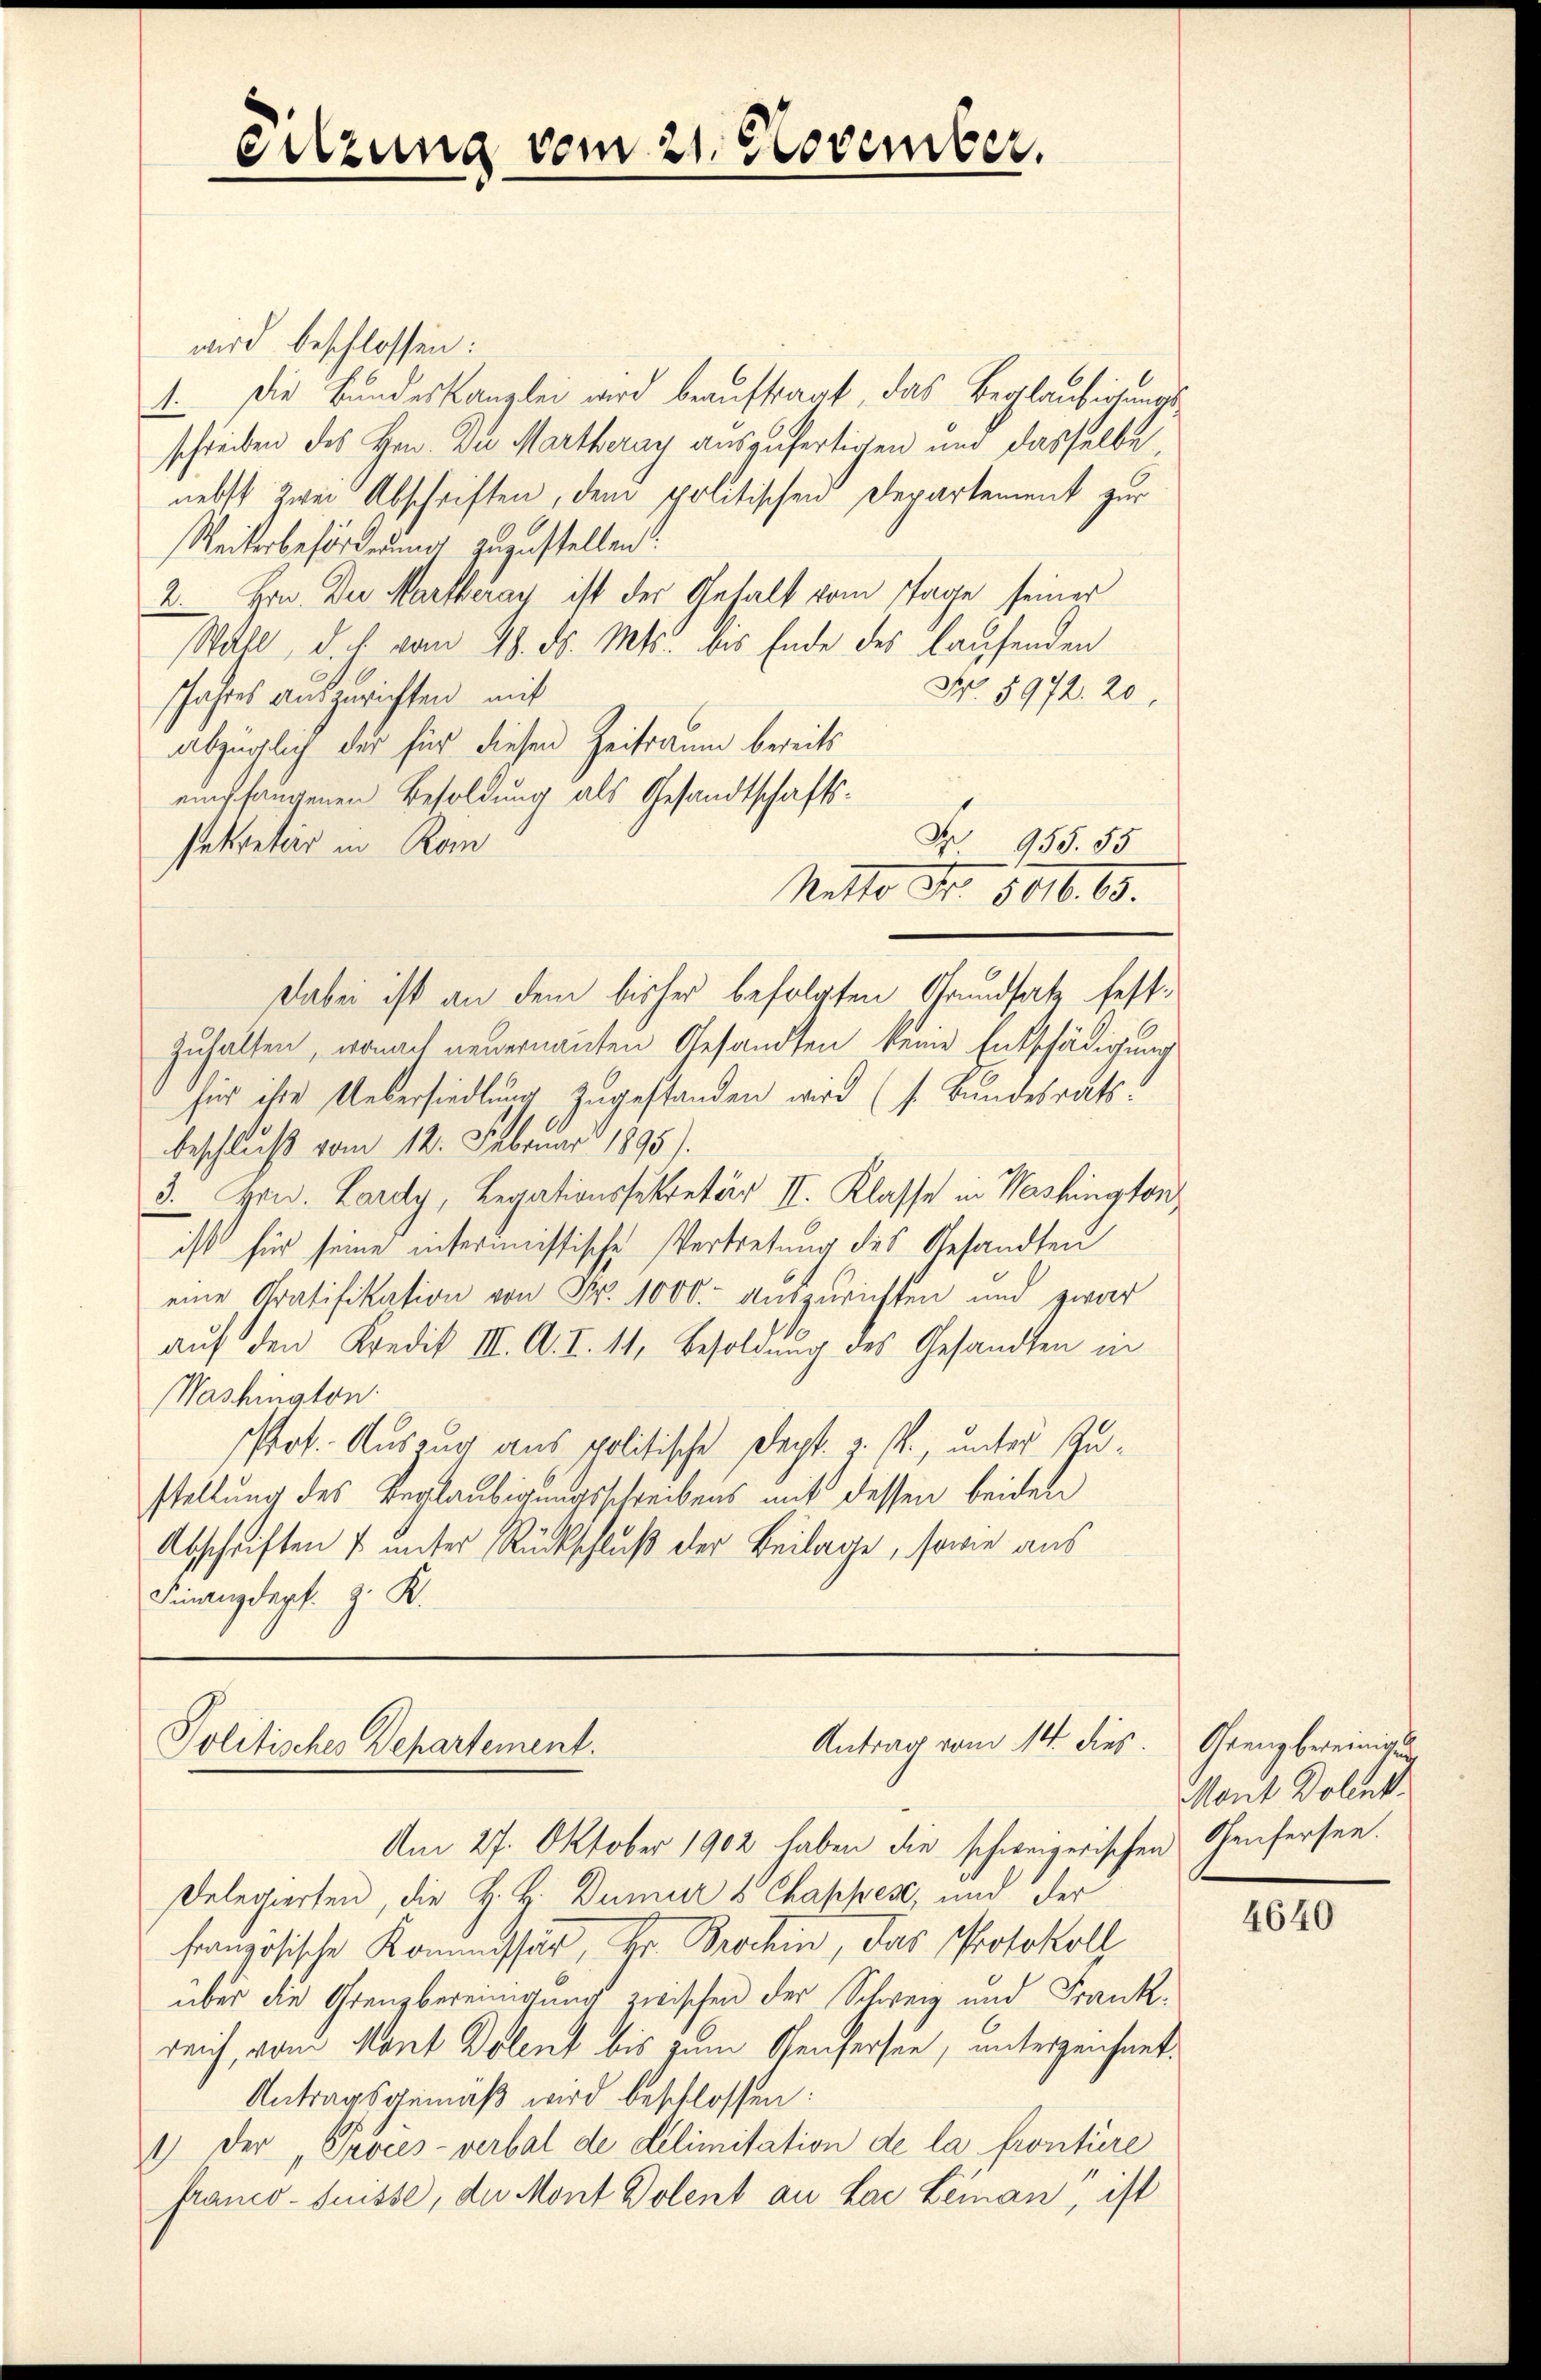
Sitzung vom 21. November.

wird beschlossen:
1. Die Bundeskanzlei wird beauftragt, das Beglaubeitungsschreiben des Hrn. Du Martheray auszufertigen und dasselbe,
nebst zwei Abschriften, dem politischen Departement zur
Weiterbeförderung zuzustellen.
2. Hrn. Der Martheray ist der Gehalt vom Tage seiner
Stall, d. h. vom 18. ds. Mts. bis Ende des laufenden
Nr. 5972. 20.
shaftes auszurichten mit
abzüglich der für diesen Zeitraum bereits
empfangenen Besoldung als Gesandtschafts¬
Nr 955. 55
sekretär in Rom
Ratte Nr. 501. 65.
Dabei ist an dem bisher befolgten Grundsatz festzuhalten, wonach neuernannten Gesandten keine Entschädigung
für ihre Uebersiedlung zugestanden wird (s. Bundesrats
beschluß vom 12. Februar 1895).
3. Grid. Lardy, Legationssekretär II. Klasse in Washington
ist für seine intermeistische Vertretung des Gesandten
eine Gratifikation von Fr. 1000. auszurichten und zwar
auf den Kredit III. A. I. 11, Besoldung des Gesandten in
Washington.
Pot. Auszug aus politische Dept. v. M., unter Zustellung des Beglaubigungsschreibens mit dessen beiden
Abschriften & unter Rückschluß der Beilage, sowie aus
Finanzdept. J. K.

Antrag vom 14. dies
Politisches Departement.

Am 27. Oktober 1902 haben die schweizerischen Genfersen.
Delegierten, die H. H. Dumur & Chappes, und der
französische Kommissar, Hr. Brochen, das Protokoll
über die Grenzbereinigung zwischen der Schweiz und Frankreich, von Mant Dolent bis zum Genfersee, unterzeichnet.
Antragsgemäß wird beschlossen:
1) der Procès-verbal de Delimitation de la frontiere
franco-Suisse, die Mont Dolent an Lae Leinan, ist

Grenz bereinigun
Mont Dolenk

4640